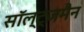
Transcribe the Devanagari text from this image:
सॉल्ट्ज़मैन